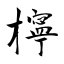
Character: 檸